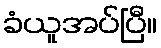
ခံယူအပ်ပြီ။